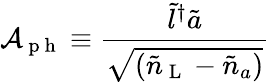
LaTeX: \mathcal{A}_{\mathrm{~p~h~}}\equiv\frac{\tilde{l}^{\dagger}\tilde{a}}{\sqrt{(\tilde{n}_{\mathrm{~L~}}-\tilde{n}_{a})}}